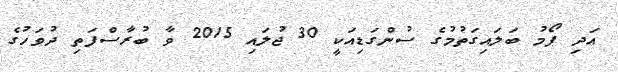
އަދި ފޯމު ބަލައިގަތުމުގެ ސުންގަޑިއަކީ 30 ޖުލައި 2015 ވާ ބުރާސްފަތި ދުވަހުގެ